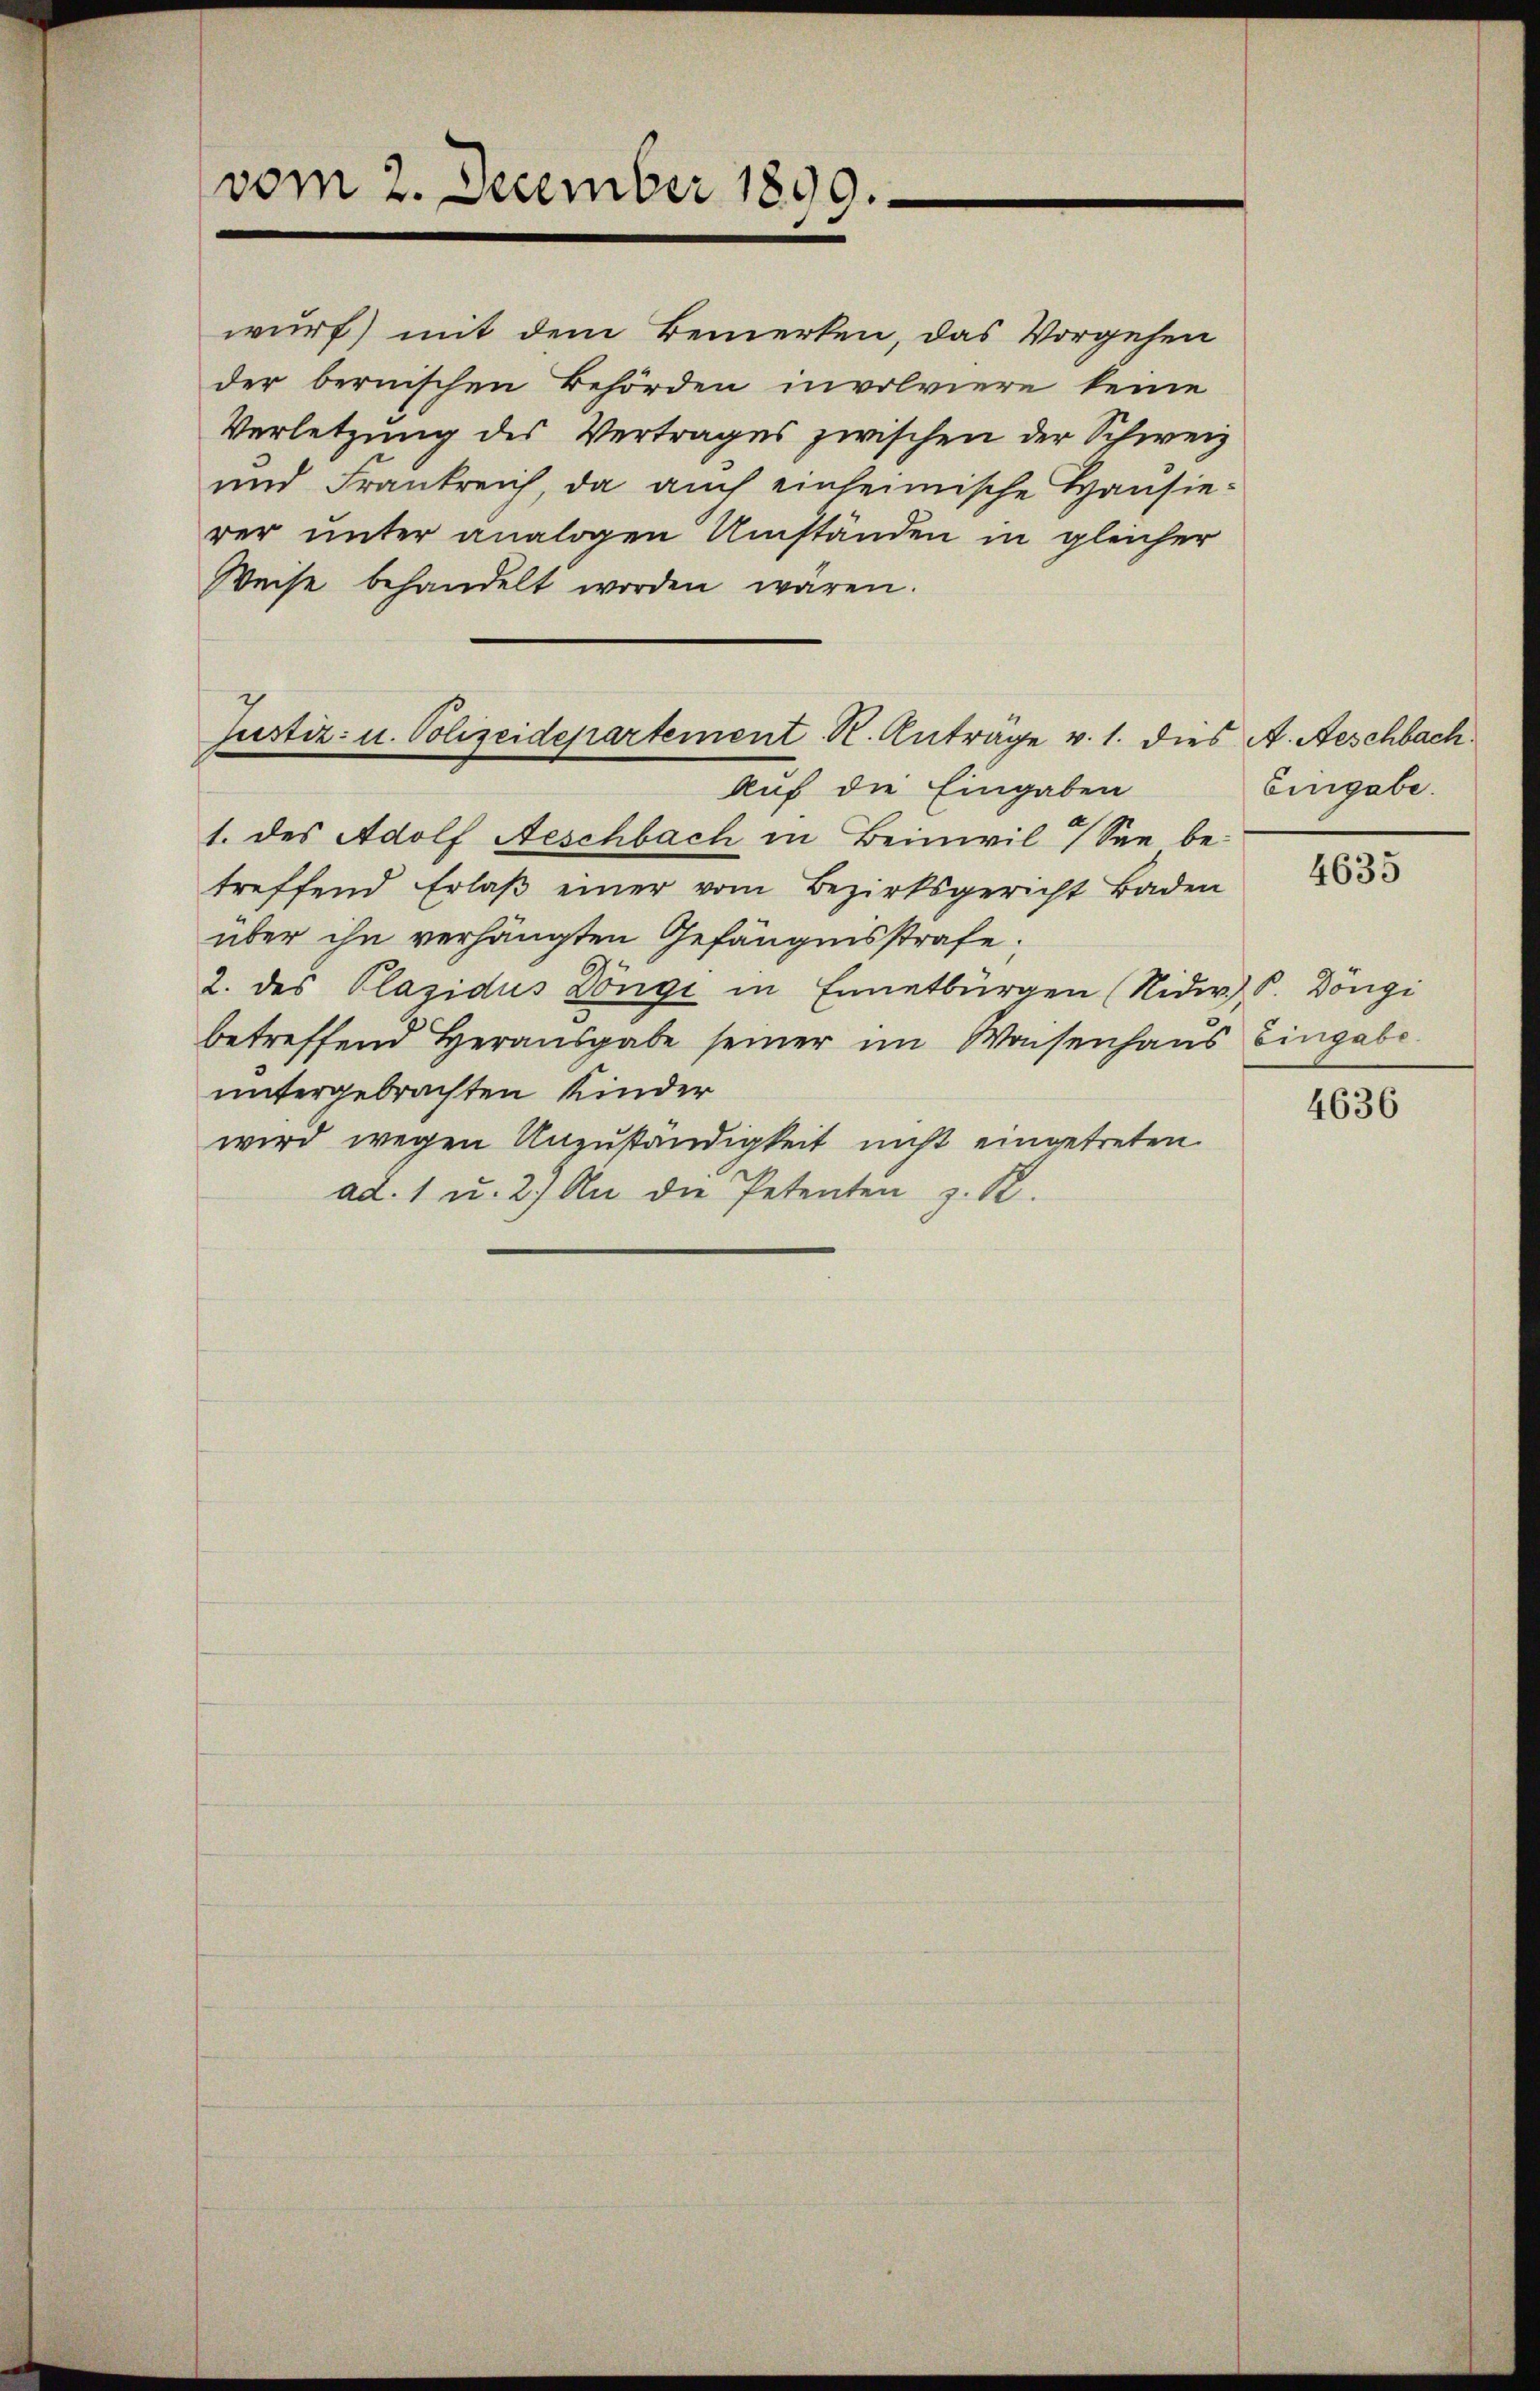
vom 2. December 1899.

wurf) mit dem Bemerken, das Vorgehen
der bernischen Behörden involviere keine
Verletzung des Vertrages zwischen der Schweiz
und Frankreich, da auch einheimische Hausierer unter analogen Umständen in gleicher
Weise behandelt worden wären.
Auf die Eingaben
1. des Adolf Aeschbach in Beinwil 7 See be-
treffend Erlaß einer vom Bezirksgericht Baden
über ihn verhängten Gefängnisstrafe;
2. des Plazidus Döngi in Ennetbürgen (Nidw. P. Dongi
betreffend Herausgabe seiner im Wasenhaus Eingabe
untergebrachten Kinder
wird wegen Unzuständigkeit nicht eingetreten.
ad. 1 u. 2.) An die Petenten z. R.

Justiz- u. Polizeidepartement K. Antrage v. 1. dies A. Aeschbach.

Eingabe.

4635

4636